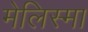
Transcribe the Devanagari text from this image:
मेलिस्मा